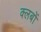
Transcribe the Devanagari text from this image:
क्‍लबों